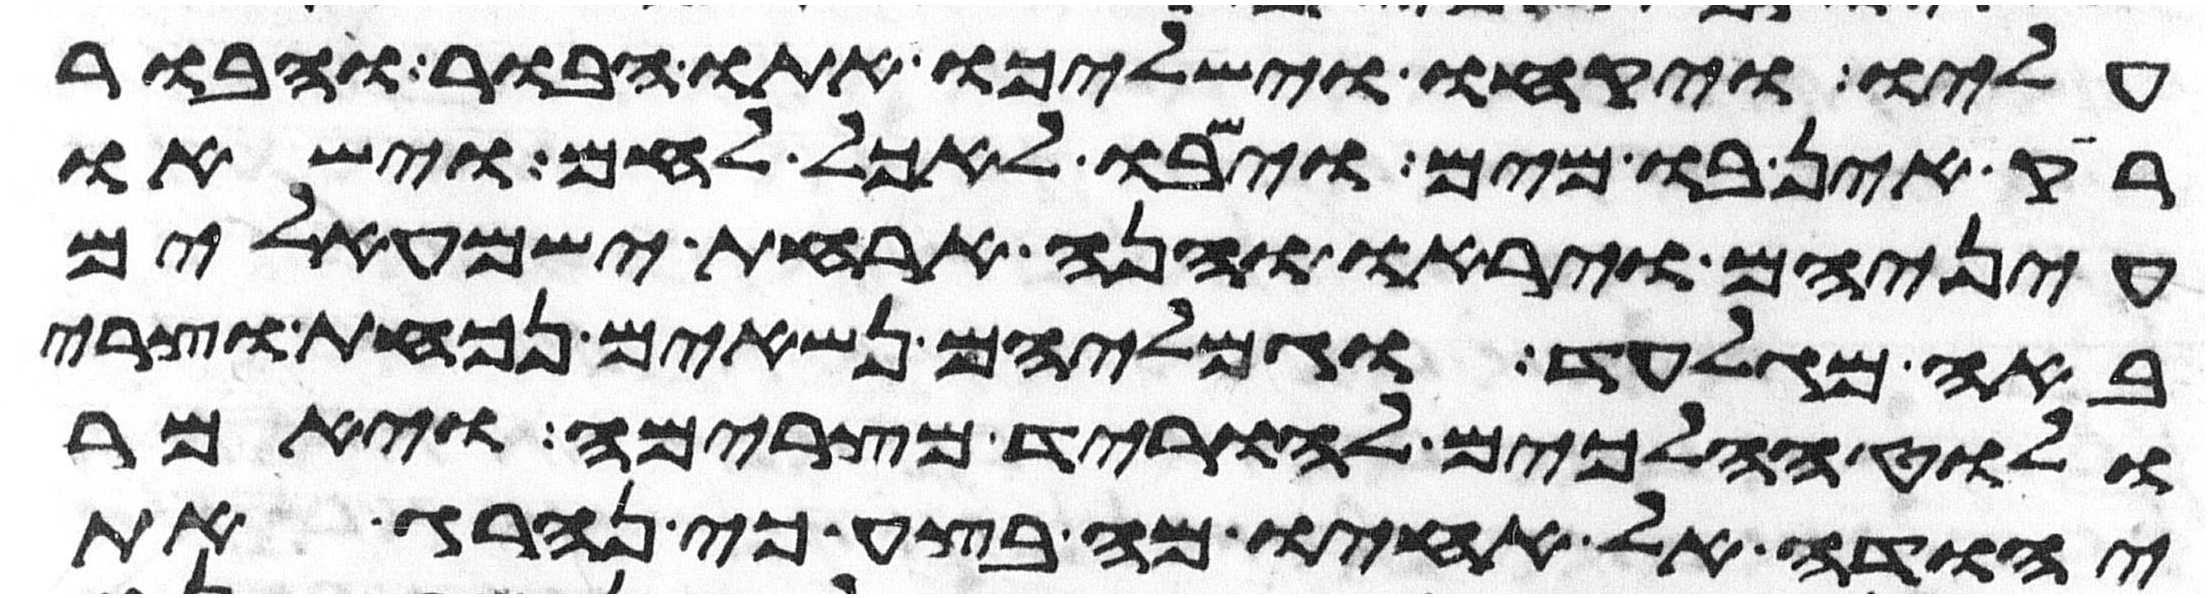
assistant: עליו ויקחו וישלכו אתו הבור והבור
ריק אין בו מים וישבו לאכל לחם וישאו
עיניהם ויראו והנה ארחת ישמעאלים
באה מגלעד וגמליהם נשאים נכאת וצרי
ולוט הלכים להוריד מצרימה ויאמר
יהודה אל אחיו מה בצע כי נהרג את